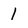
Character: 1